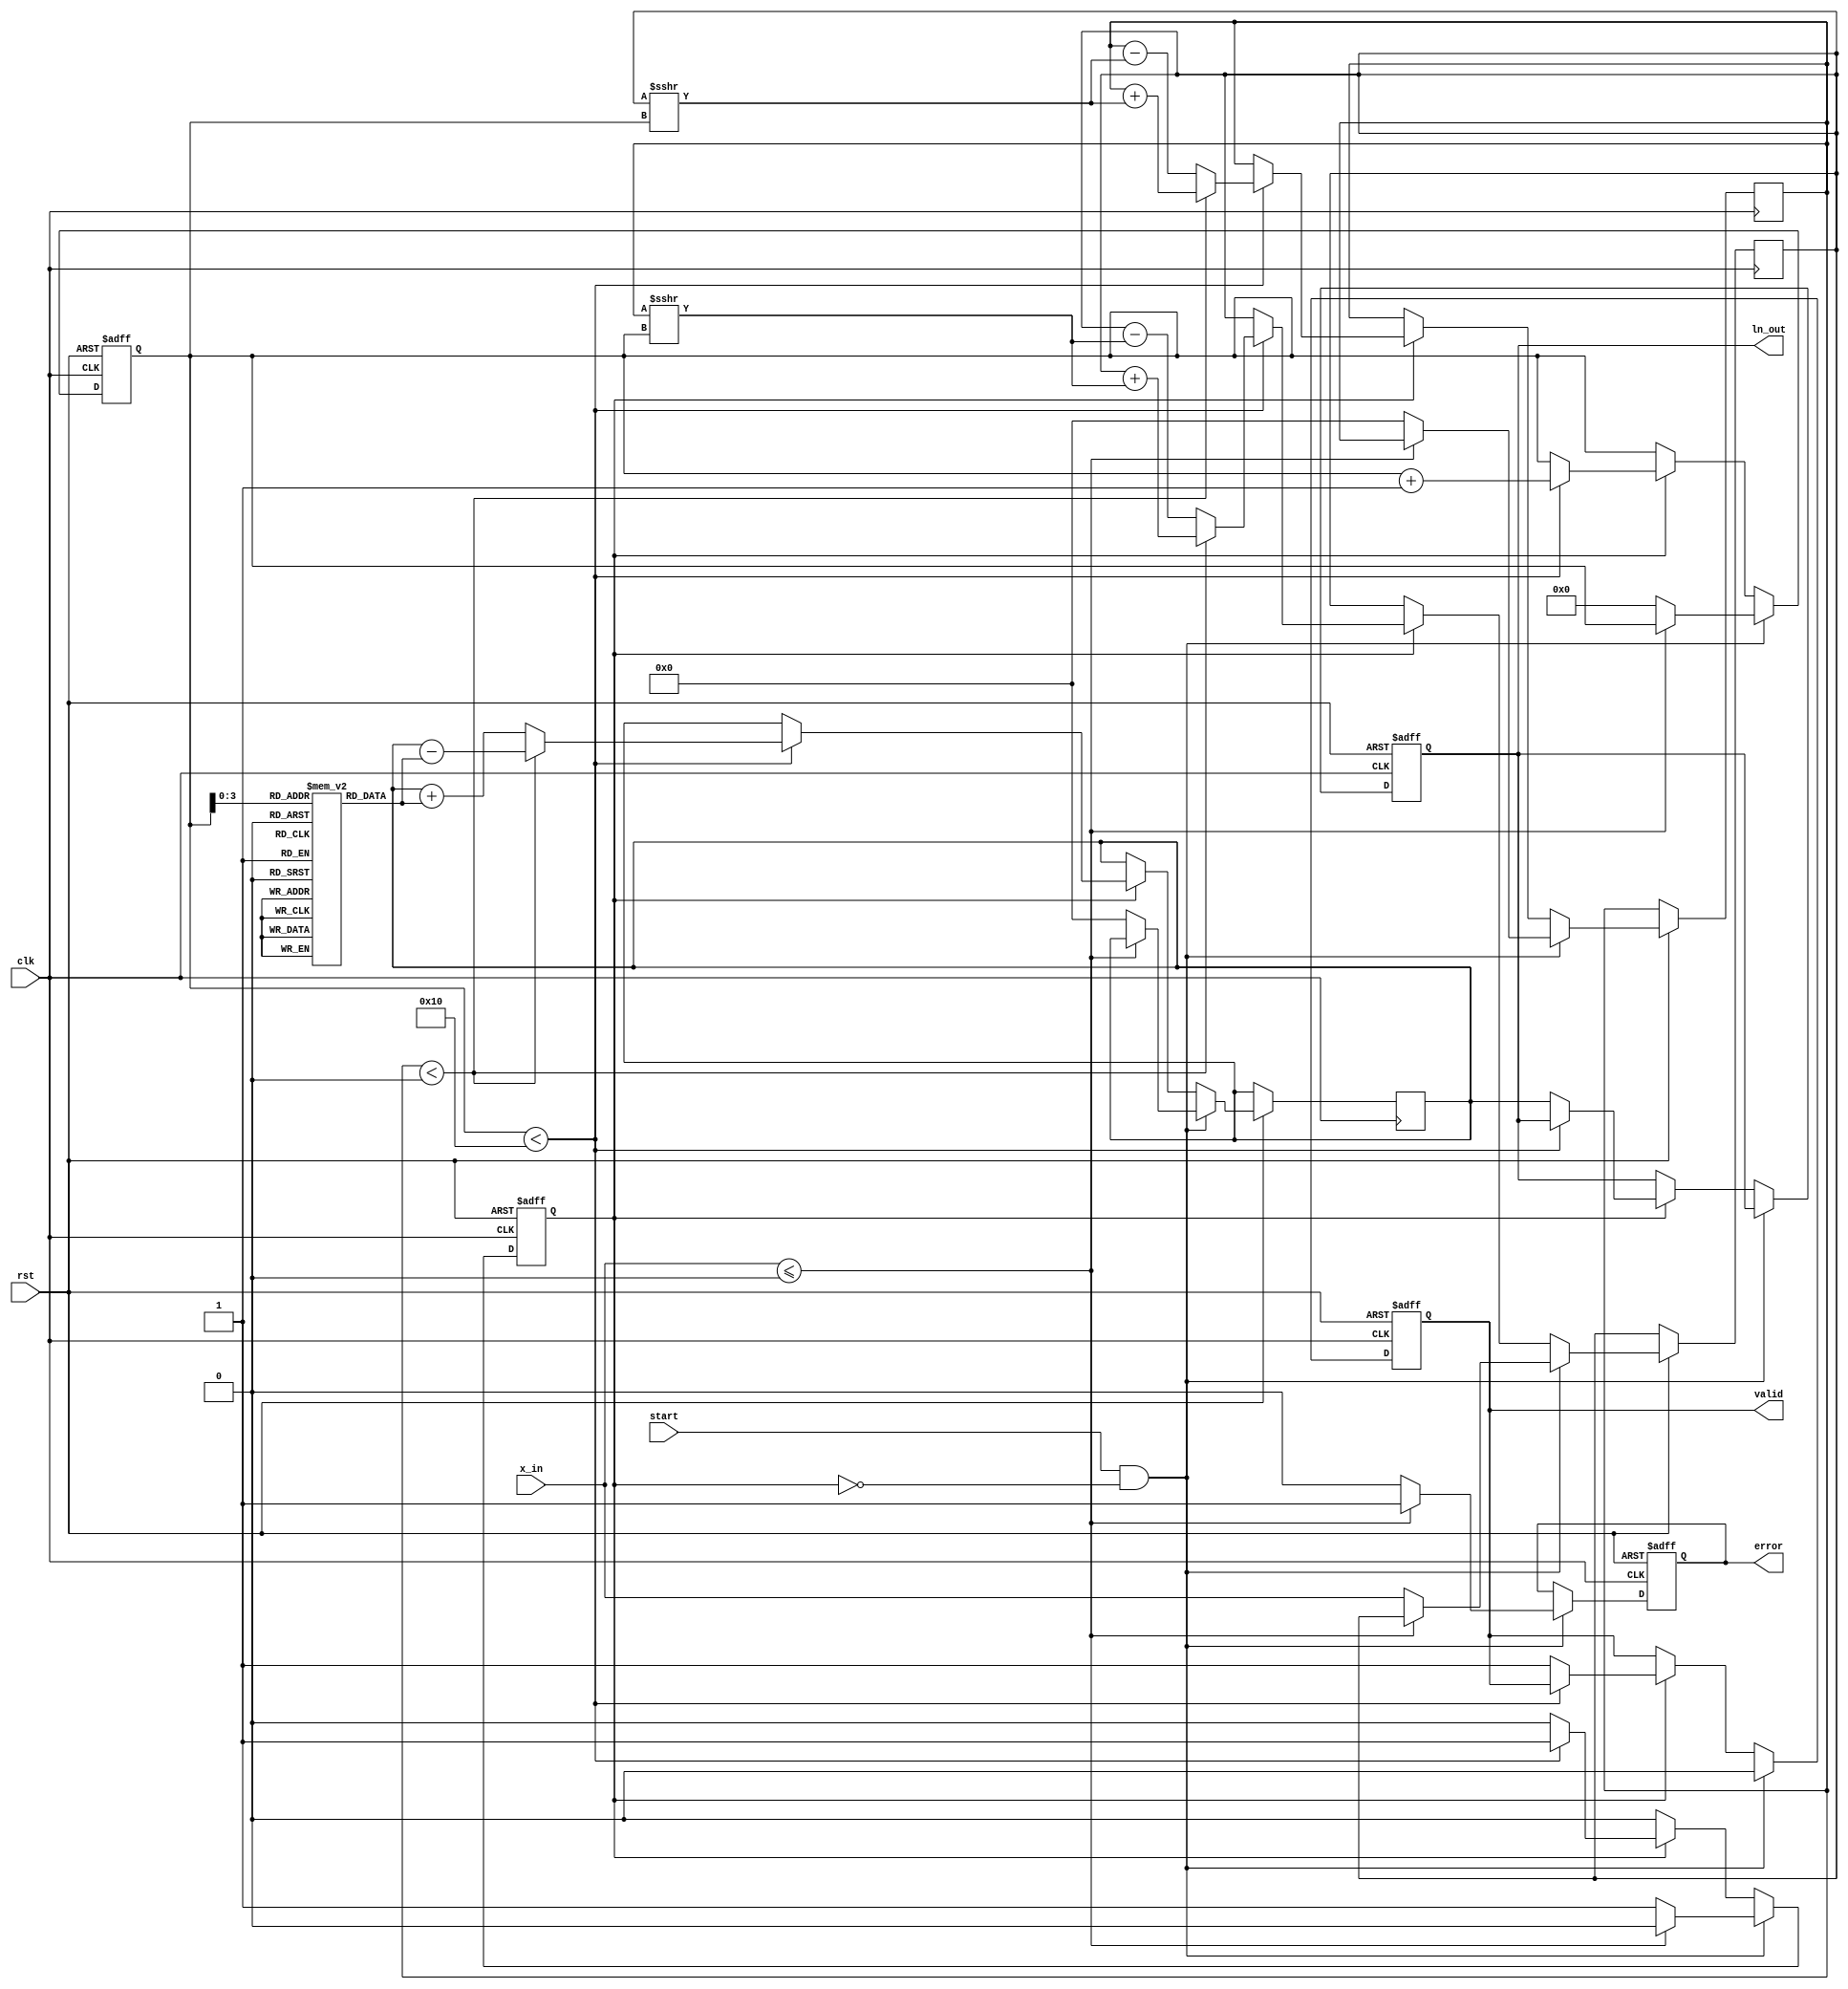
module cordic_logarithm(
    input clk,
    input rst,
    input start,
    input [31:0] x_in,   // Input value should be a positive fixed-point number
    output reg [31:0] ln_out,   // Output logarithm result
    output reg valid,    // Indicates valid output
    output reg error     // Indicates error conditions (non-positive input)
);

    // Parameters
    parameter ITERATIONS = 16;  // Number of iterations for CORDIC calculation
    parameter ANGLE_TABLE_WIDTH = 32;  // Width for angle lookup table

    // Internal signals
    reg [31:0] x;  // X coordinate
    reg [31:0] y;  // Y coordinate
    reg [31:0] z;  // Angle accumulator for logarithm calculation
    reg [4:0] count; // Iteration counter
    reg computing; // Indicates if computation is in progress

    // CORDIC angle table for logarithm calculation
    reg [ANGLE_TABLE_WIDTH-1:0] atan_table [0:ITERATIONS-1];

    // Initializing angle table with pre-computed values for logarithm
    initial begin
        // Example values; These need to be computed for the logarithm.
        atan_table[0] = 32'h00000000; // atan(1/2^0)
        atan_table[1] = 32'h00000000; // atan(1/2^1)
        // Additional entries as per the required precision of CORDIC
        // ...
    end

    // Control FSM
    always @(posedge clk or negedge rst) begin
        if (!rst) begin
            ln_out <= 32'b0;
            valid <= 0;
            error <= 0;
            computing <= 0;
            count <= 0;
        end else begin
            if (start && !computing) begin
                if (x_in <= 32'b0) begin
                    error <= 1; // Non-positive input error
                    valid <= 0;
                    computing <= 0;
                end else begin
                    // Initialize values
                    x <= x_in;
                    y <= 32'b0; // Start with y=0
                    z <= 32'b0; // Start with angle=0
                    count <= 0;
                    valid <= 0;
                    computing <= 1;
                    error <= 0;
                end
            end else if (computing) begin
                if (count < ITERATIONS) begin
                    // CORDIC rotation process
                    if (y < 0) begin
                        // perform rotation in one direction
                        x <= x + (y >>> count);
                        y <= y + (x >>> count);
                        z <= z - atan_table[count];
                    end else begin
                        // perform rotation in the other direction
                        x <= x - (y >>> count);
                        y <= y - (x >>> count);
                        z <= z + atan_table[count];
                    end
                    count <= count + 1;
                end else begin
                    // End of computation
                    ln_out <= z; // Output the accumulated angle as logarithm
                    valid <= 1; // Set valid output signal
                    computing <= 0; // Reset computing flag
                end
            end
        end
    end

endmodule